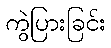
ကွဲပြားခြင်း